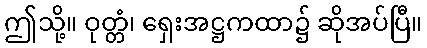
ဤသို့။ ဝုတ္တံ၊ ရှေးအဋ္ဌကထာ၌ ဆိုအပ်ပြီ။